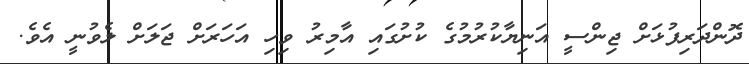
ދޮންދަރިފުޅަށް ޖިންސީ އަނިޔާކުރުމުގެ ކުށުގައި އާމިރު ވިހި އަހަރަށް ޖަލަށް ލެވުނީ އެވެ.